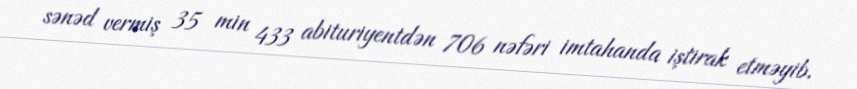
sənəd vermiş 35 min 433 abituriyentdən 706 nəfəri imtahanda iştirak etməyib.